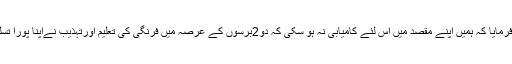
شاہ جی نے فرمایا کہ ہمیں اپنے مقصد میں اس لئے کامیابی نہ ہو سکی کہ دو2برسوں کے عرصہ میں فرنگی کی تعلیم اورتہذیب نےاپنا پورا تسلط جمالیا تھا۔